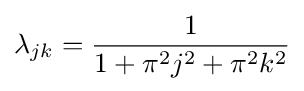
\lambda _{jk}={1 \over 1+\pi ^{2}j^{2}+\pi ^{2}k^{2}}